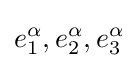
e_{1}^{\alpha },e_{2}^{\alpha },e_{3}^{\alpha }